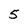
Character: 5